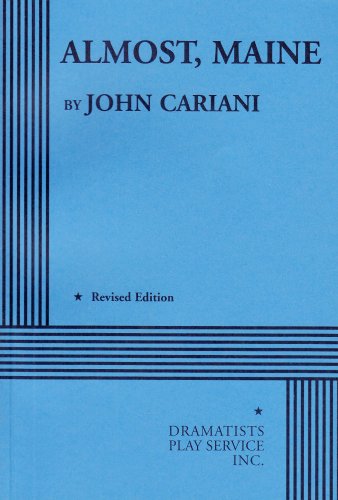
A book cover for Almost, Maine; John Cariani; Literature & Fiction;